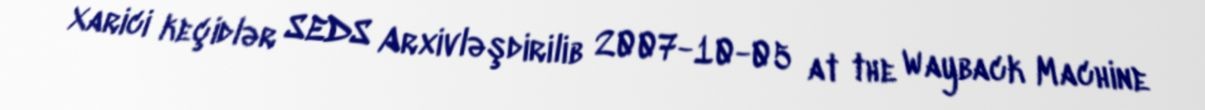
Xarici keçidlər SEDS Arxivləşdirilib 2007-10-05 at the Wayback Machine